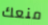
منعك